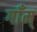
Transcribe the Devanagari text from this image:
गाँम्